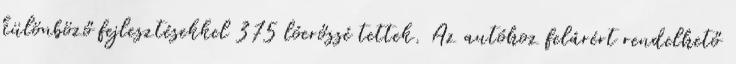
különböző fejlesztésekkel 375 lóerőssé tettek. Az autóhoz felárért rendelhető